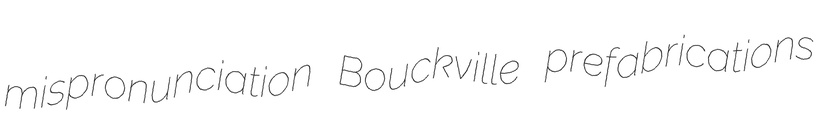
mispronunciation Bouckville prefabrications